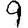
Digit: 9